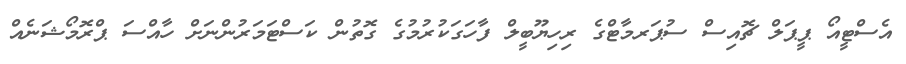
އެސްޓީއޯ ޕީޕަލް ޗޮއިސް ސުޕަރމާޓްގެ ރިހިޔޫބީލް ފާހަގަކުރުމުގެ ގޮތުން ކަސްޓަމަރުންނަށް ހާއްސަ ޕްރޮމޯޝަނެއް